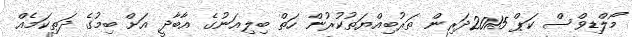
މޯލްޑިވްސް ކަޕް 2015ދަރިން ތަރުބިއްޔަތުކުރުން ހަތް ބިލިއަނުގެ އާބާދީ އަށް ބިމުގެ ދަތިކަމެއް